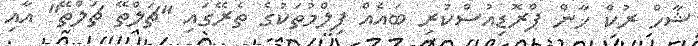
ޝާހް ރުކް ޚާން ޕްރޮޑިއުސްކުރި ބައެއް ފިލްމުތަކުގެ ތެރޭގައި "ޗަލްތޭ ޗަލްތޭ" އާއި